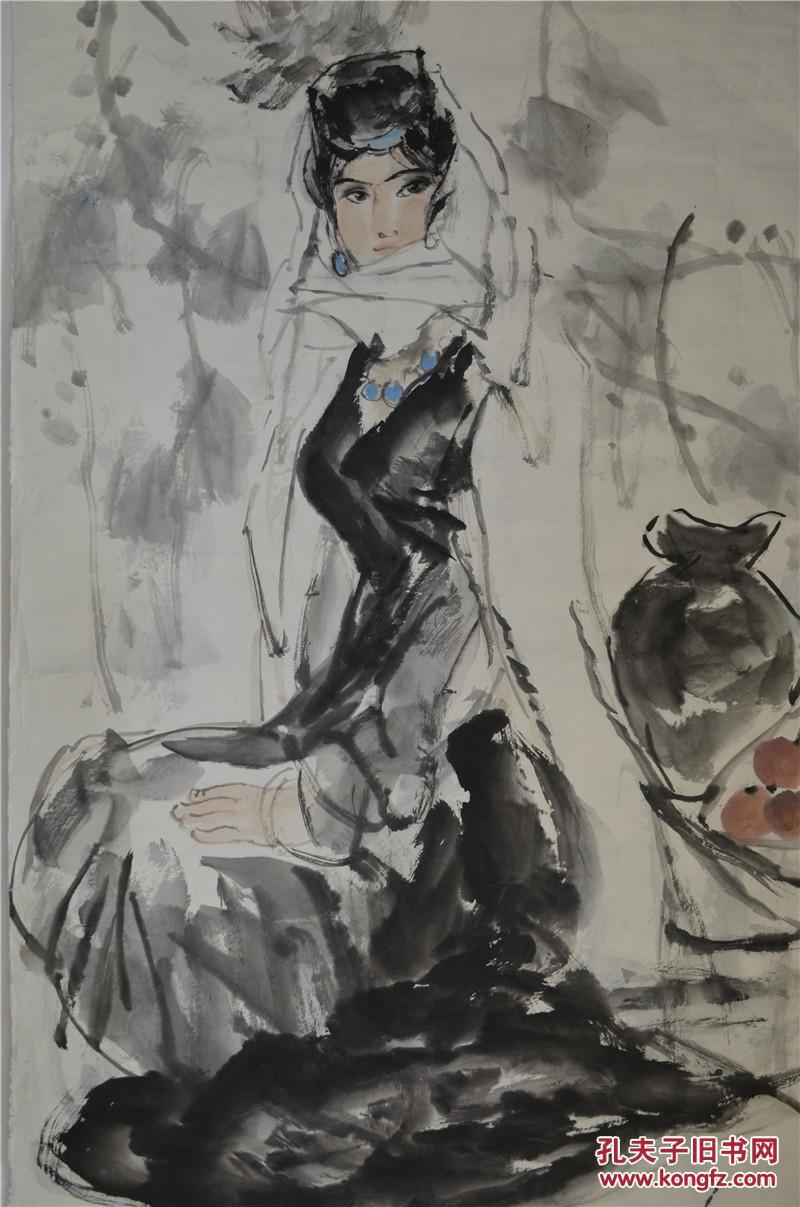
辞卑而益备者，进也辞强而进驱者，退也。